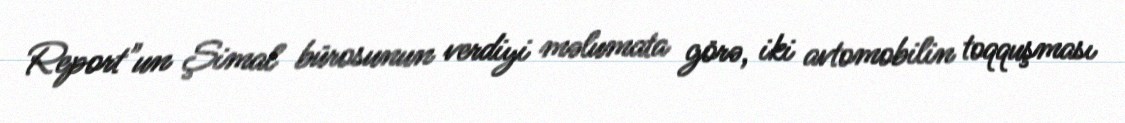
Report"un Şimal bürosunun verdiyi məlumata görə, iki avtomobilin toqquşması